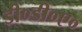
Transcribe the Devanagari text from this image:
डी०डी०ए०